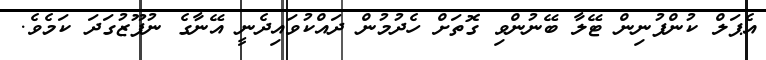
އެޕަލް ކުންފުނިން ޓޭލާ ބޭނުންވި ގޮތަށް ހެދުމުން ދައްކުވައިދެނީ އޭނާގެ ނުފޫޒުގަދަ ކަމެވެ.